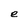
Character: e